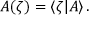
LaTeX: { \cal A } ( \zeta ) = \langle \zeta | A \rangle \, .